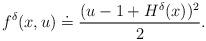
LaTeX: \begin{align*}f^\delta(x,u) \;\dot=\; \frac{(u-1 + H^\delta(x) )^2}{2}.\end{align*}